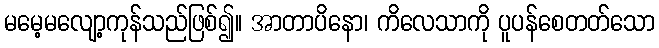
မမေ့မလျော့ကုန်သည်ဖြစ်၍။ အာတာပိနော၊ ကိလေသာကို ပူပန်စေတတ်သော